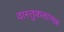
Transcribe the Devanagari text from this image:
वास्तुकलात्मक